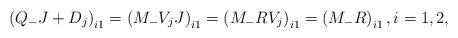
\begin{align*}\left(Q_-J+D_j\right)_{i1}=\left(M_- V_j J\right)_{i1}=\left(M_-R V_j\right)_{i1}=\left(M_- R\right)_{i1},i=1,2,\end{align*}